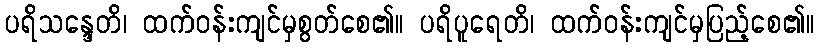
ပရိသန္ဒေတိ၊ ထက်ဝန်းကျင်မှစွတ်စေ၏။ ပရိပူရေတိ၊ ထက်ဝန်းကျင်မှပြည့်စေ၏။